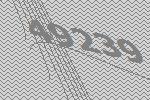
49239